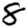
Digit: 8